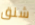
شنق